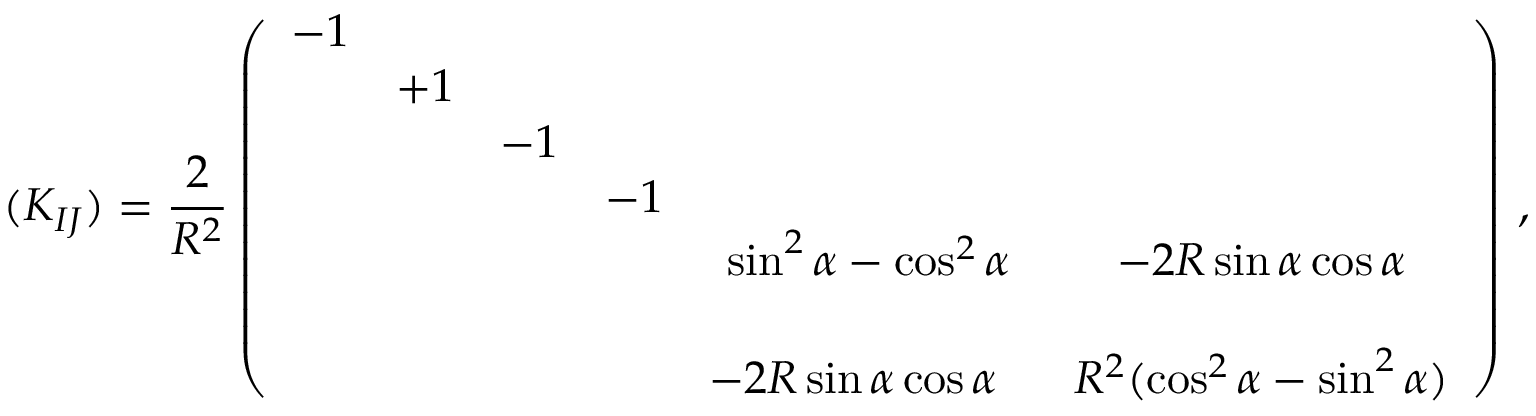
( K _ { I J } ) = \frac { 2 } { R ^ { 2 } } \left( \begin{array} { c c c c c c } { { - 1 } } & { { } } & { { } } & { { } } & { { } } & { { } } \\ { { } } & { { + 1 } } & { { } } & { { } } & { { } } & { { } } \\ { { } } & { { } } & { { - 1 } } & { { } } & { { } } & { { } } \\ { { } } & { { } } & { { } } & { { - 1 } } & { { } } & { { } } \\ { { } } & { { } } & { { } } & { { } } & { { \sin ^ { 2 } { \alpha } - \cos ^ { 2 } { \alpha } } } & { { - 2 R \sin { \alpha } \cos { \alpha } } } \\ { { } } & { { } } & { { } } & { { } } & { { } } & { { } } \\ { { } } & { { } } & { { } } & { { } } & { { - 2 R \sin { \alpha } \cos { \alpha } \, \, \, \, } } & { { R ^ { 2 } ( \cos ^ { 2 } { \alpha } - \sin ^ { 2 } { \alpha } ) } } \end{array} \right) \, ,